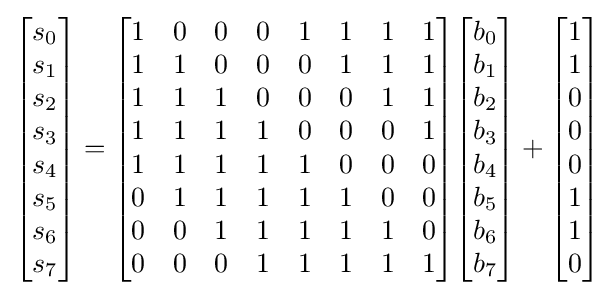
{\begin{bmatrix}s_{0}\\s_{1}\\s_{2}\\s_{3}\\s_{4}\\s_{5}\\s_{6}\\s_{7}\end{bmatrix}}={\begin{bmatrix}1&0&0&0&1&1&1&1\\1&1&0&0&0&1&1&1\\1&1&1&0&0&0&1&1\\1&1&1&1&0&0&0&1\\1&1&1&1&1&0&0&0\\0&1&1&1&1&1&0&0\\0&0&1&1&1&1&1&0\\0&0&0&1&1&1&1&1\end{bmatrix}}{\begin{bmatrix}b_{0}\\b_{1}\\b_{2}\\b_{3}\\b_{4}\\b_{5}\\b_{6}\\b_{7}\end{bmatrix}}+{\begin{bmatrix}1\\1\\0\\0\\0\\1\\1\\0\end{bmatrix}}